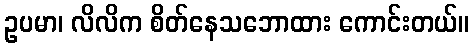
ဥပမာ၊ လိလိက စိတ်နေသဘောထား ကောင်းတယ်။